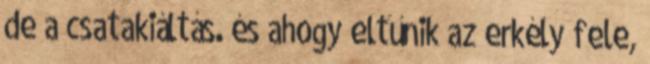
de a csatakiáltás. és ahogy eltűnik az erkély fele,